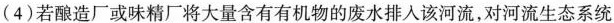
（4）若酿造厂或味精厂将大量含有有机物的废水排入该河流，对河流神态系统